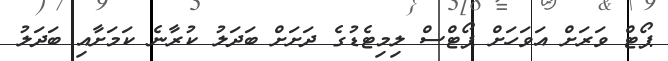
ޕޯޓް ވަރަށް އަވަހަށް ޕޯޓްސް ލިމިޓެޑުގެ ދަށަށް ބަދަލު ކުރާނެ ކަމަށާއި ބަދަލު